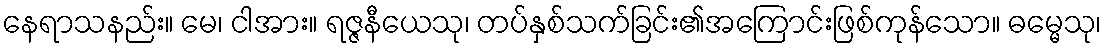
နေရာသနည်း။ မေ၊ ငါအား။ ရဇ္ဇနီယေသု၊ တပ်နှစ်သက်ခြင်း၏အကြောင်းဖြစ်ကုန်သော။ ဓမ္မေသု၊